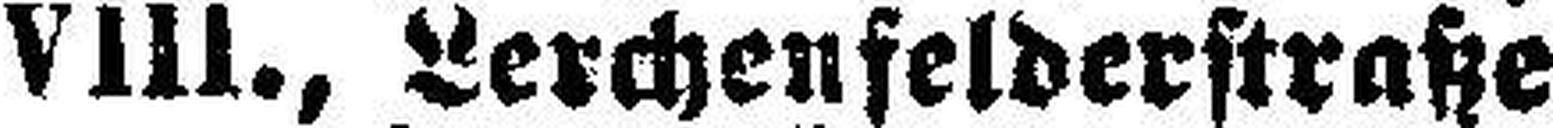
VIII., Lerchenfelderstraße